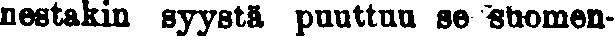
nestakin syystä puuttuu se suomen-